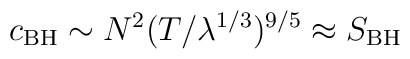
c_{\rm BH} \sim N^2 (T/\lambda^{1/3})^{9/5} \approx S_{\rm BH}